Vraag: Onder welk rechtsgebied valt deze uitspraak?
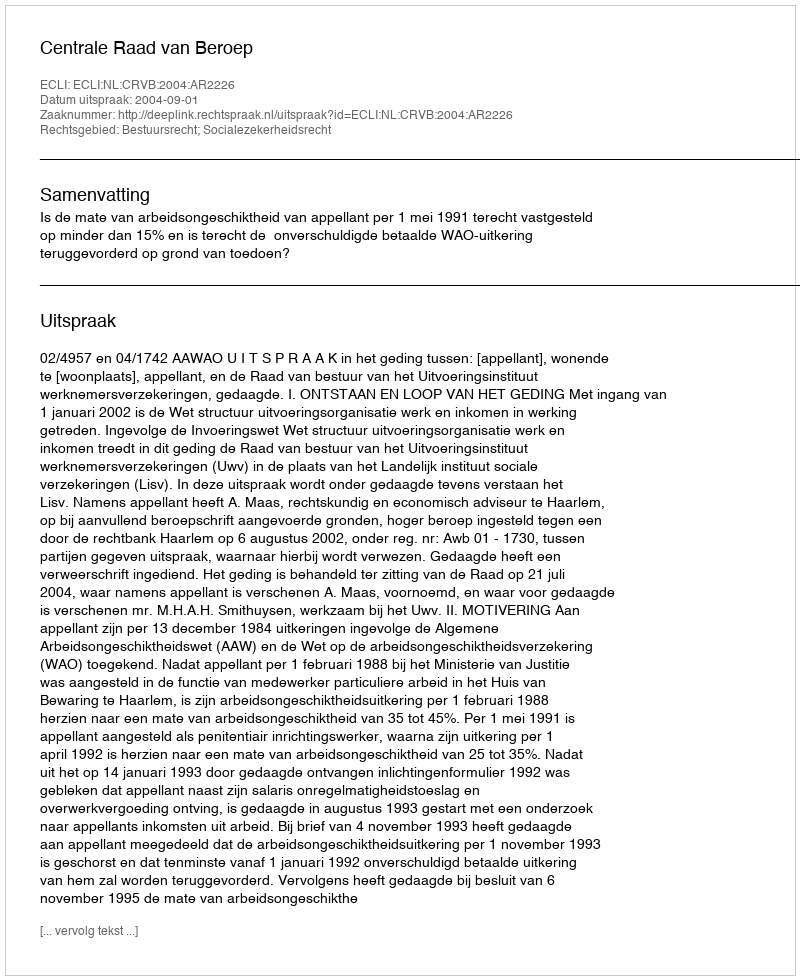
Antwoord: Bestuursrecht; Socialezekerheidsrecht